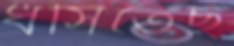
ধসিতেছ